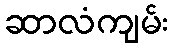
ဆာလံကျမ်း